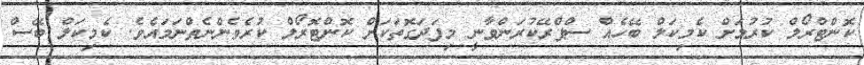
ކޮންޓްރޯލް ކުރުމަށް ކެމިކަލް ބޭހެއް ސްޕްރޭކުރަންވާނީ މިފަދަގޮތަކަށް ކޮންޓޮރޯލް ކުރެވެންނެތްނަމައެވެ. ކެމިކަލް ބޭސް